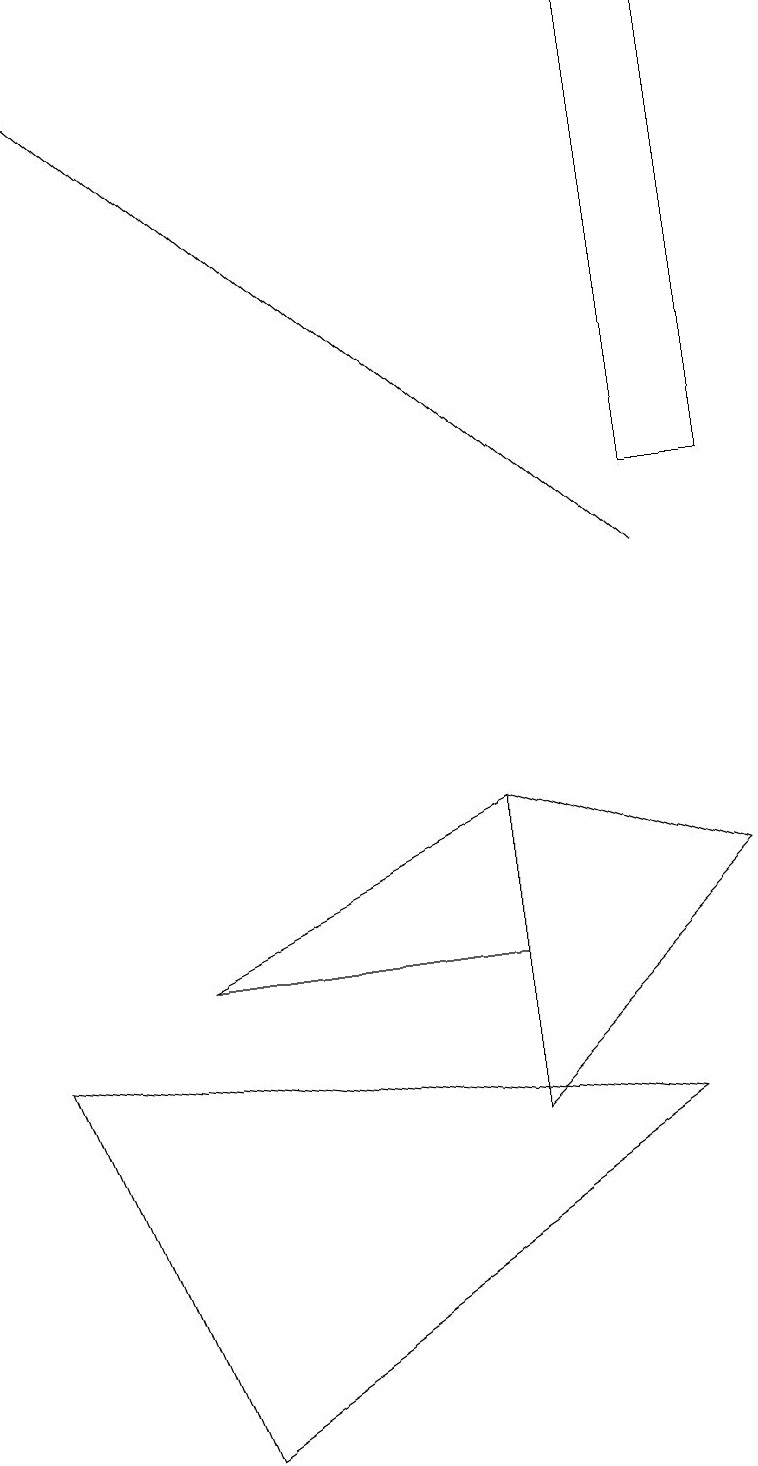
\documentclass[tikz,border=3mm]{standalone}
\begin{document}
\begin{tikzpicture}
\draw (2,1) -- (8,5) -- (0,6) -- cycle;
\draw (6,9) -- (6,5) -- (9,8) -- cycle;
\draw (8,13) rectangle (9,19);
\draw[->] (8,12) -- (0,19);
\draw (6,7) -- (6,9) -- (2,7) -- cycle;
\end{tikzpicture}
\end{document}